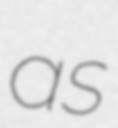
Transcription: as